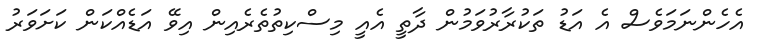
އެހެންނަމަވެސް އެ އަޑު ތަކުރާރުވަމުން ދާތީ އެއީ މިސްކިތުތެރެއިން އިވޭ އަޑެއްކަން ކަށަވަރު